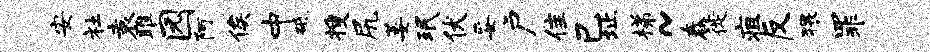
安社袁雎园阿俟中砥搜尻萎珉伏妥户隹己址梯~舂徙疽反猥罪